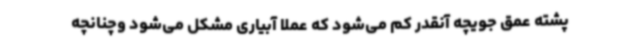
پشته عمق جویچه آنقدر کم می‌شود که عملا آبیاری مشکل می‌شود وچنانچه